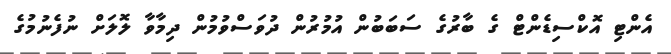
އެންޓި އޮކްސިޑެންޓް ގެ ބާރުގެ ސަބަބުން އުމުރުން ދުވަސްވުމުން ދިމާވާ ލޮލަށް ނުފެނުމުގެ